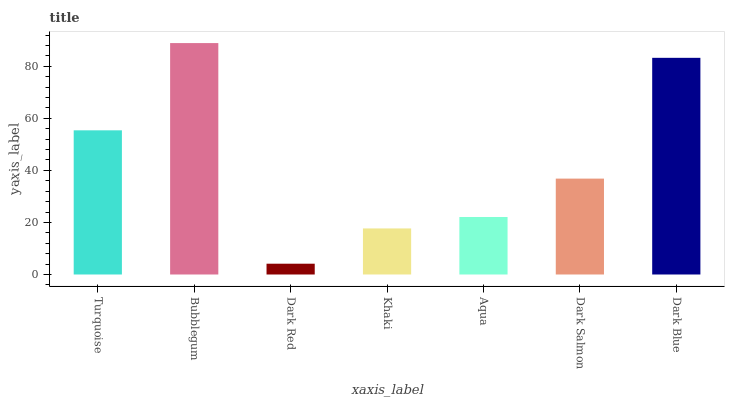
| xaxis_label | bars |
 | --- | --- |
 | Turquoise | 55.4 |
 | Bubblegum | 88.9 |
 | Dark Red | 4.15 |
 | Khaki | 17.7 |
 | Aqua | 22.1 |
 | Dark Salmon | 36.8 |
 | Dark Blue | 83.3 |